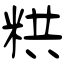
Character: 粠